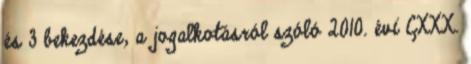
és 3 bekezdése, a jogalkotásról szóló 2010. évi CXXX.